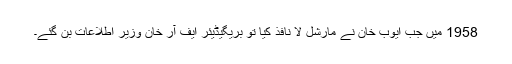
1958 میں جب ایوب خان نے مارشل لا نافذ کیا تو بریگیڈیئر ایف آر خان وزیر اطلاعات بن گئے۔